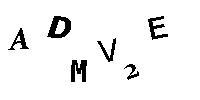
ADMV2E